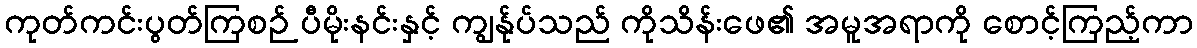
ကုတ်ကင်းပွတ်ကြစဉ် ပီမိုးနင်းနှင့် ကျွန်ုပ်သည် ကိုသိန်းဖေ၏ အမူအရာကို စောင့်ကြည့်ကာ